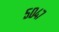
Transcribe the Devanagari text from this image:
५०४७